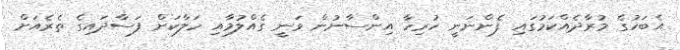
އެބަހުގެ މުރާދެއްކަމުގައި ފެންނަނީ ހުރިހާ އިންސާނުން ވަނީ ގެއްލުމާއި ހަލާކަށް ފަސާދައިގެ ތެރެއަށް